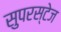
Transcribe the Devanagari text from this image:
सुपरस्टेज